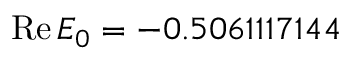
\mathrm { R e } \, E _ { 0 } = - 0 . 5 0 6 1 1 1 7 1 4 4